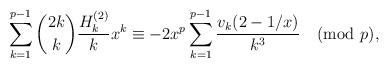
LaTeX: \begin{align*}\sum_{k=1}^{p-1} \binom{2k}{k}\frac{H_k^{(2)}}{k} x^{k}\equiv-2x^p\sum_{k=1}^{p-1} \frac{v_k(2-1/x)}{k^3}\pmod{p},\end{align*}